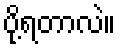
ပို့ရတာလဲ။